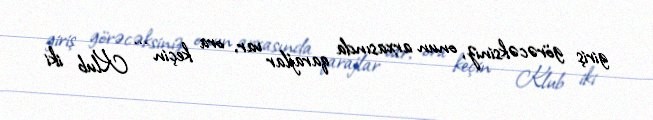
giriş görəcəksiniz, onun arxasında qarajlar var, ora keçin ... Klub iki